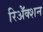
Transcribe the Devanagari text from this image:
रिॲेक्शन